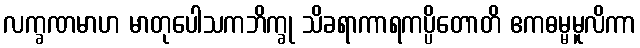
လက္ခဏမာဟ မာတုပေါသကဘိက္ခု သိခရာကာရကပ္ပိတောတိ ဧကဓမ္မမူလိကာ